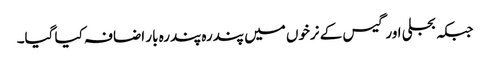
جبکہ بجلی اور گیس کے نرخوں میں پندرہ پندرہ بار اضافہ کیا گیا۔